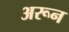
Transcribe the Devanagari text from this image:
अरून